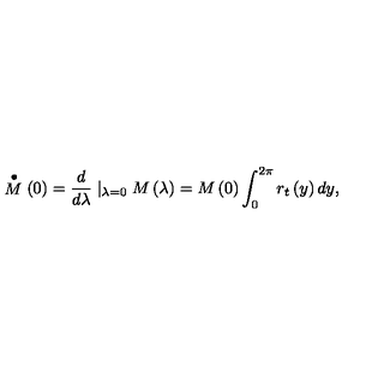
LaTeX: \stackrel { \bullet } { M } \left( 0 \right) = \frac d { d \lambda } \mid _ { \lambda = 0 } M \left( \lambda \right) = M \left( 0 \right) \int _ { 0 } ^ { 2 \pi } r _ { t } \left( y \right) d y ,